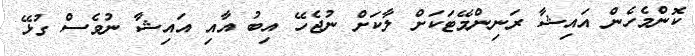
ކޮންމެހެން އައިޝާ ރަނިންމޭޓަކަށް ލާކަށް ނުޖެހޭ އިބު އާއި އައިޝާ ނުވެސް ގުޅޭ